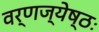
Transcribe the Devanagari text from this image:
वर्णज्येष्ठः